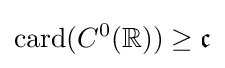
\mathrm {card} (C^{0}(\mathbb {R} ))\geq {\mathfrak {c}}